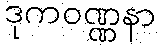
ဒုကဝဏ္ဏနာ